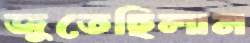
জুতেছিলাম